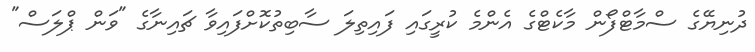
ދުނިޔޭގެ ސްމާޓްފޯން މާކެޓްގެ އެންމެ ކުރީގައި ފައިތިލަ ސާބިތުކޮށްފައިވާ ޗައިނާގެ "ވަން ޕްލަސް"